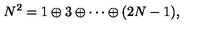
N ^ { 2 } = 1 \oplus 3 \oplus \cdots \oplus ( 2 N - 1 ) ,